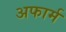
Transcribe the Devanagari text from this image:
अफार्म